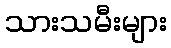
သားသမီးများ